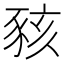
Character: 豥